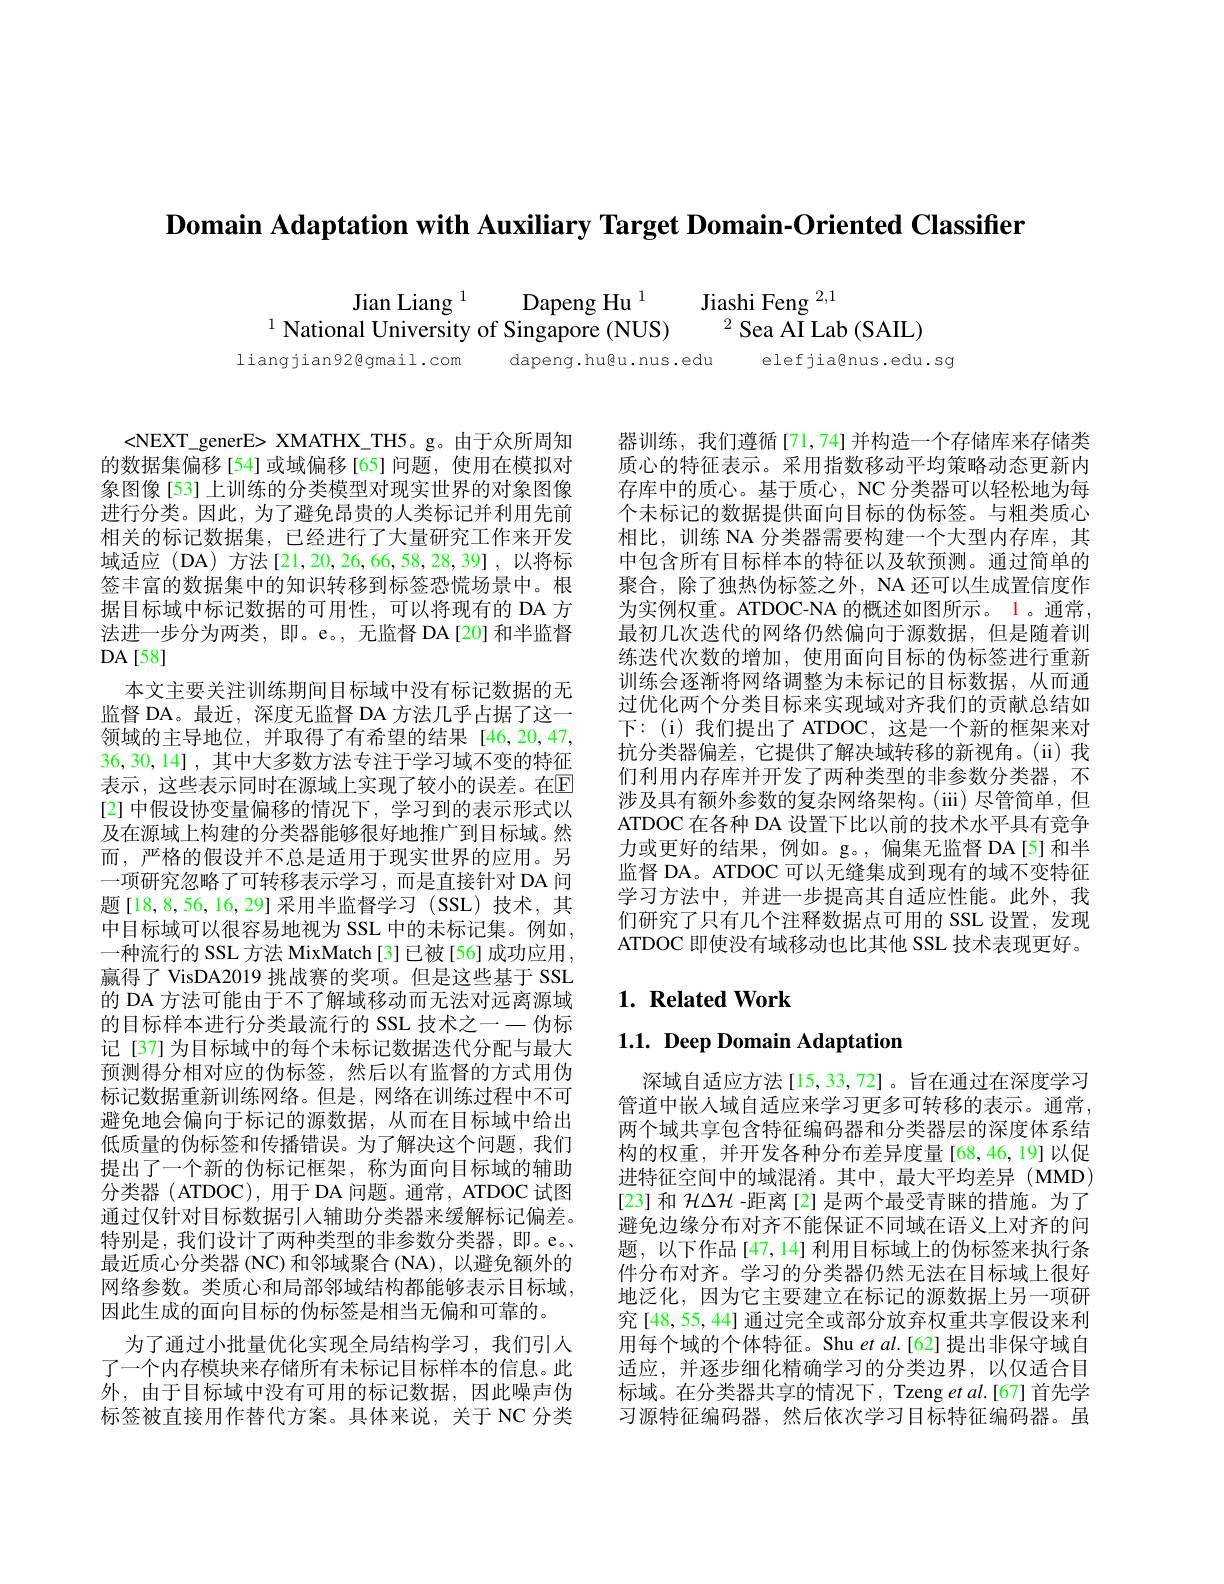
$\textbf{Domain Adaptation with Auxiliary Target Domain- Oriented Classifier}$

$\begin{array}{cc}\text{Jian Liang }^{1}&\text{Dapeng Hu}^{1}&\text{Jiashi Feng }^{2,1}\\\text{National University of Singapore (NUS)}&^{2}\text{Sea AI Lab (SAIL)}\end{array}$

elefjiagnus.edu.sg

liangjian92@gmail.com

dapeng. hu@u. nus. edu

<NEXT\_generE> XMATHX\_TH5。g。由于众所周知的数据集偏移[54]或域偏移[65]问题，使用在模拟对象图像[53] 上训练的分类模型对现实世界的对象图像进行分类。因此，为了避免昂贵的人类标记并利用先前相关的标记数据集，已经进行了大量研究工作来开发域适应(DA)方法[21,20,26,66,58,28,39],以将标签丰富的数据集中的知识转移到标签恐慌场景中。根据目标域中标记数据的可用性，可以将现有的 DA 方法进一步分为两类，即。e。, 无监督 DA[20] 和半监督$DA[58]$
本文主要关注训练期间目标域中没有标记数据的无监督 DA。最近，深度无监督 DA 方法几乎占据了这一领域的主导地位，并取得了有希望的结果[46,20,47, 36,30,14],其中大多数方法专注于学习域不变的特征表示，这些表示同时在源域上实现了较小的误差。在$\mathbb{E}$ [2] 中假设协变量偏移的情况下，学习到的表示形式以及在源域上构建的分类器能够很好地推广到目标域。然而，严格的假设并不总是适用于现实世界的应用。另一项研究忽略了可转移表示学习，而是直接针对 DA 问题[18,8,56,16,29]采用半监督学习(SSL)技术，其中目标域可以很容易地视为 SSL 中的未标记集。例如， 一种流行的 SSL 方法 MixMatch[3]已被[56]成功应用， 贏得了 VisDA2019 挑战赛的奖项。但是这些基于 SSL 的 DA 方法可能由于不了解域移动而无法对远离源域的目标样本进行分类最流行的 SSL 技术之一一伪标记[37]为目标域中的每个未标记数据迭代分配与最大预测得分相对应的伪标签，然后以有监督的方式用伪标记数据重新训练网络。但是，网络在训练过程中不可避免地会偏向于标记的源数据，从而在目标域中给出低质量的伪标签和传播错误。为了解决这个问题，我们提出了一个新的伪标记框架，称为面向目标域的辅助分类器 (ATDOC),用于 DA 问题。通常，ATDOC 试图通过仅针对目标数据引人辅助分类器来缓解标记偏差。特别是，我们设计了两种类型的非参数分类器，即。e。、 最近质心分类器 (NC) 和邻域聚合 (NA), 以避免额外的网络参数。类质心和局部邻域结构都能够表示目标域， 因此生成的面向目标的伪标签是相当无偏和可靠的。
为了通过小批量优化实现全局结构学习，我们引入
了一个内存模块来存储所有未标记目标样本的信息。此
外，由于目标域中没有可用的标记数据，因此噪声伪 标域。在分类器共享的情况下，Tzeng $etal.$[67]首先学
标签被直接用作替代方案。具体来说，关于 NC 分类

器训练，我们遵循[71,74]并构造一个存储库来存储类质心的特征表示。采用指数移动平均策略动态更新内存库中的质心。基于质心，NC 分类器可以轻松地为每个未标记的数据提供面向目标的伪标签。与粗类质心相比，训练 NA 分类器需要构建一个大型内存库，其中包含所有目标样本的特征以及软预测。通过简单的聚合，除了独热伪标签之外，NA 还可以生成置信度作为实例权重。ATDOC-NA 的概述如图所示。1。通常， 最初几次迭代的网络仍然偏向于源数据，但是随着训练迭代次数的增加，使用面向目标的伪标签进行重新训练会逐渐将网络调整为未标记的目标数据，从而通过优化两个分类目标来实现域对齐我们的贡献总结如下：(i)我们提出了ATDOC，这是一个新的框架来对抗分类器偏差，它提供了解决域转移的新视角。(ii)我们利用内存库并开发了两种类型的非参数分类器，不涉及具有额外参数的复杂网络架构。(iii)尽管简单，但ATDOC 在各种 DA 设置下比以前的技术水平具有竞争力或更好的结果，例如。g。,偏集无监督 DA[5]和半监督 DA。ATDOC 可以无缝集成到现有的域不变特征学习方法中，并进一步提高其自适应性能。此外，我们研究了只有几个注释数据点可用的 SSL 设置，发现ATDOC 即使没有域移动也比其他 SSL 技术表现更好。

## $1. \textbf{Related Work}$

$1. 1. \textbf{Deep Domain Adaptation}$

深域自适应方法[15,33,72]。旨在通过在深度学习管道中嵌人域自适应来学习更多可转移的表示。通常， 两个域共享包含特征编码器和分类器层的深度体系结构的权重，并开发各种分布差异度量[68,46,19]以促进特征空间中的域混淆。其中，最大平均差异(MMD) [23] 和$\mathcal{H}\Delta\mathcal{H}$ -距离[2] 是两个最受青睐的措施。为了避免边缘分布对齐不能保证不同域在语义上对齐的问题，以下作品[47,14] 利用目标域上的伪标签来执行条件分布对齐。学习的分类器仍然无法在目标域上很好地泛化，因为它主要建立在标记的源数据上另一项研究[48,55,44] 通过完全或部分放弃权重共享假设来利用每个域的个体特征。Shu et $al.[62]$提出非保守域自适应，并逐步细化精确学习的分类边界，以仅适合目习源特征编码器，然后依次学习目标特征编码器。虽